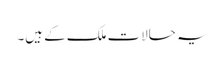
یہ حالات ملک کے ہیں۔